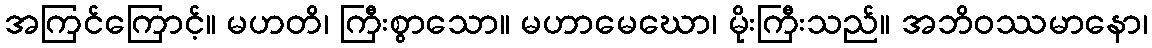
အကြင်ကြောင့်။ မဟတိ၊ ကြီးစွာသော။ မဟာမေဃော၊ မိုးကြီးသည်။ အဘိဝဿမာနော၊